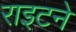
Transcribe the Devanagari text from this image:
राइटने